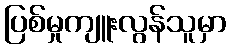
ပြစ်မှုကျူးလွန်သူမှာ